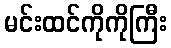
မင်းထင်ကိုကိုကြီး